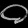
Digit: ၀